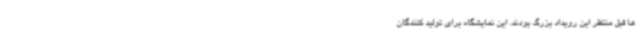
ها قبل منتظر این رویداد بزرگ بودند. این نمایشگاه برای تولید کنندگان